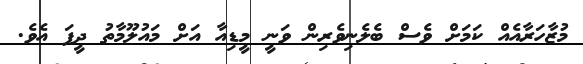
މުޒާހަރާއެއް ކަމަށް ވެސް ބެލެނިވެރިން ވަނީ މީޑިއާ އަށް މައުލޫމާތު ދީފަ އެވެ.